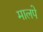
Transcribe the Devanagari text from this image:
मालपे